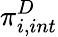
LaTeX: \pi_{i,int}^{D}